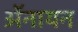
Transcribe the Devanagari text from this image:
ॲनायन